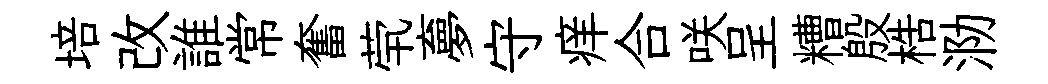
培改誰常奮茕夣守痒合咲呈糟殷梏泐